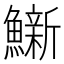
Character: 𫚀